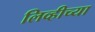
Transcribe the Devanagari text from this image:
लिव्हीच्या